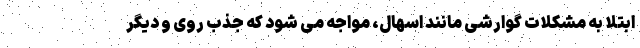
ابتلا به مشکلات گوارشی مانند اسهال، مواجه می شود که جذب روی و دیگر